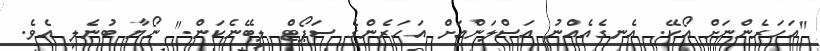
"އަހަރެންނަށް އޯކޭ. އެނގެއެއްނު އަސްލަންއަށް އަހަރެންގެ ސަޕޯޓް ލިބޭނެކަން." ނޯޔާ ބުނެލި އެވެ.